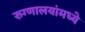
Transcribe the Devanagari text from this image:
रुग्णालयांमध्ये